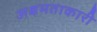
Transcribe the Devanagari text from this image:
अक्षमताकारी